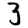
Digit: 3